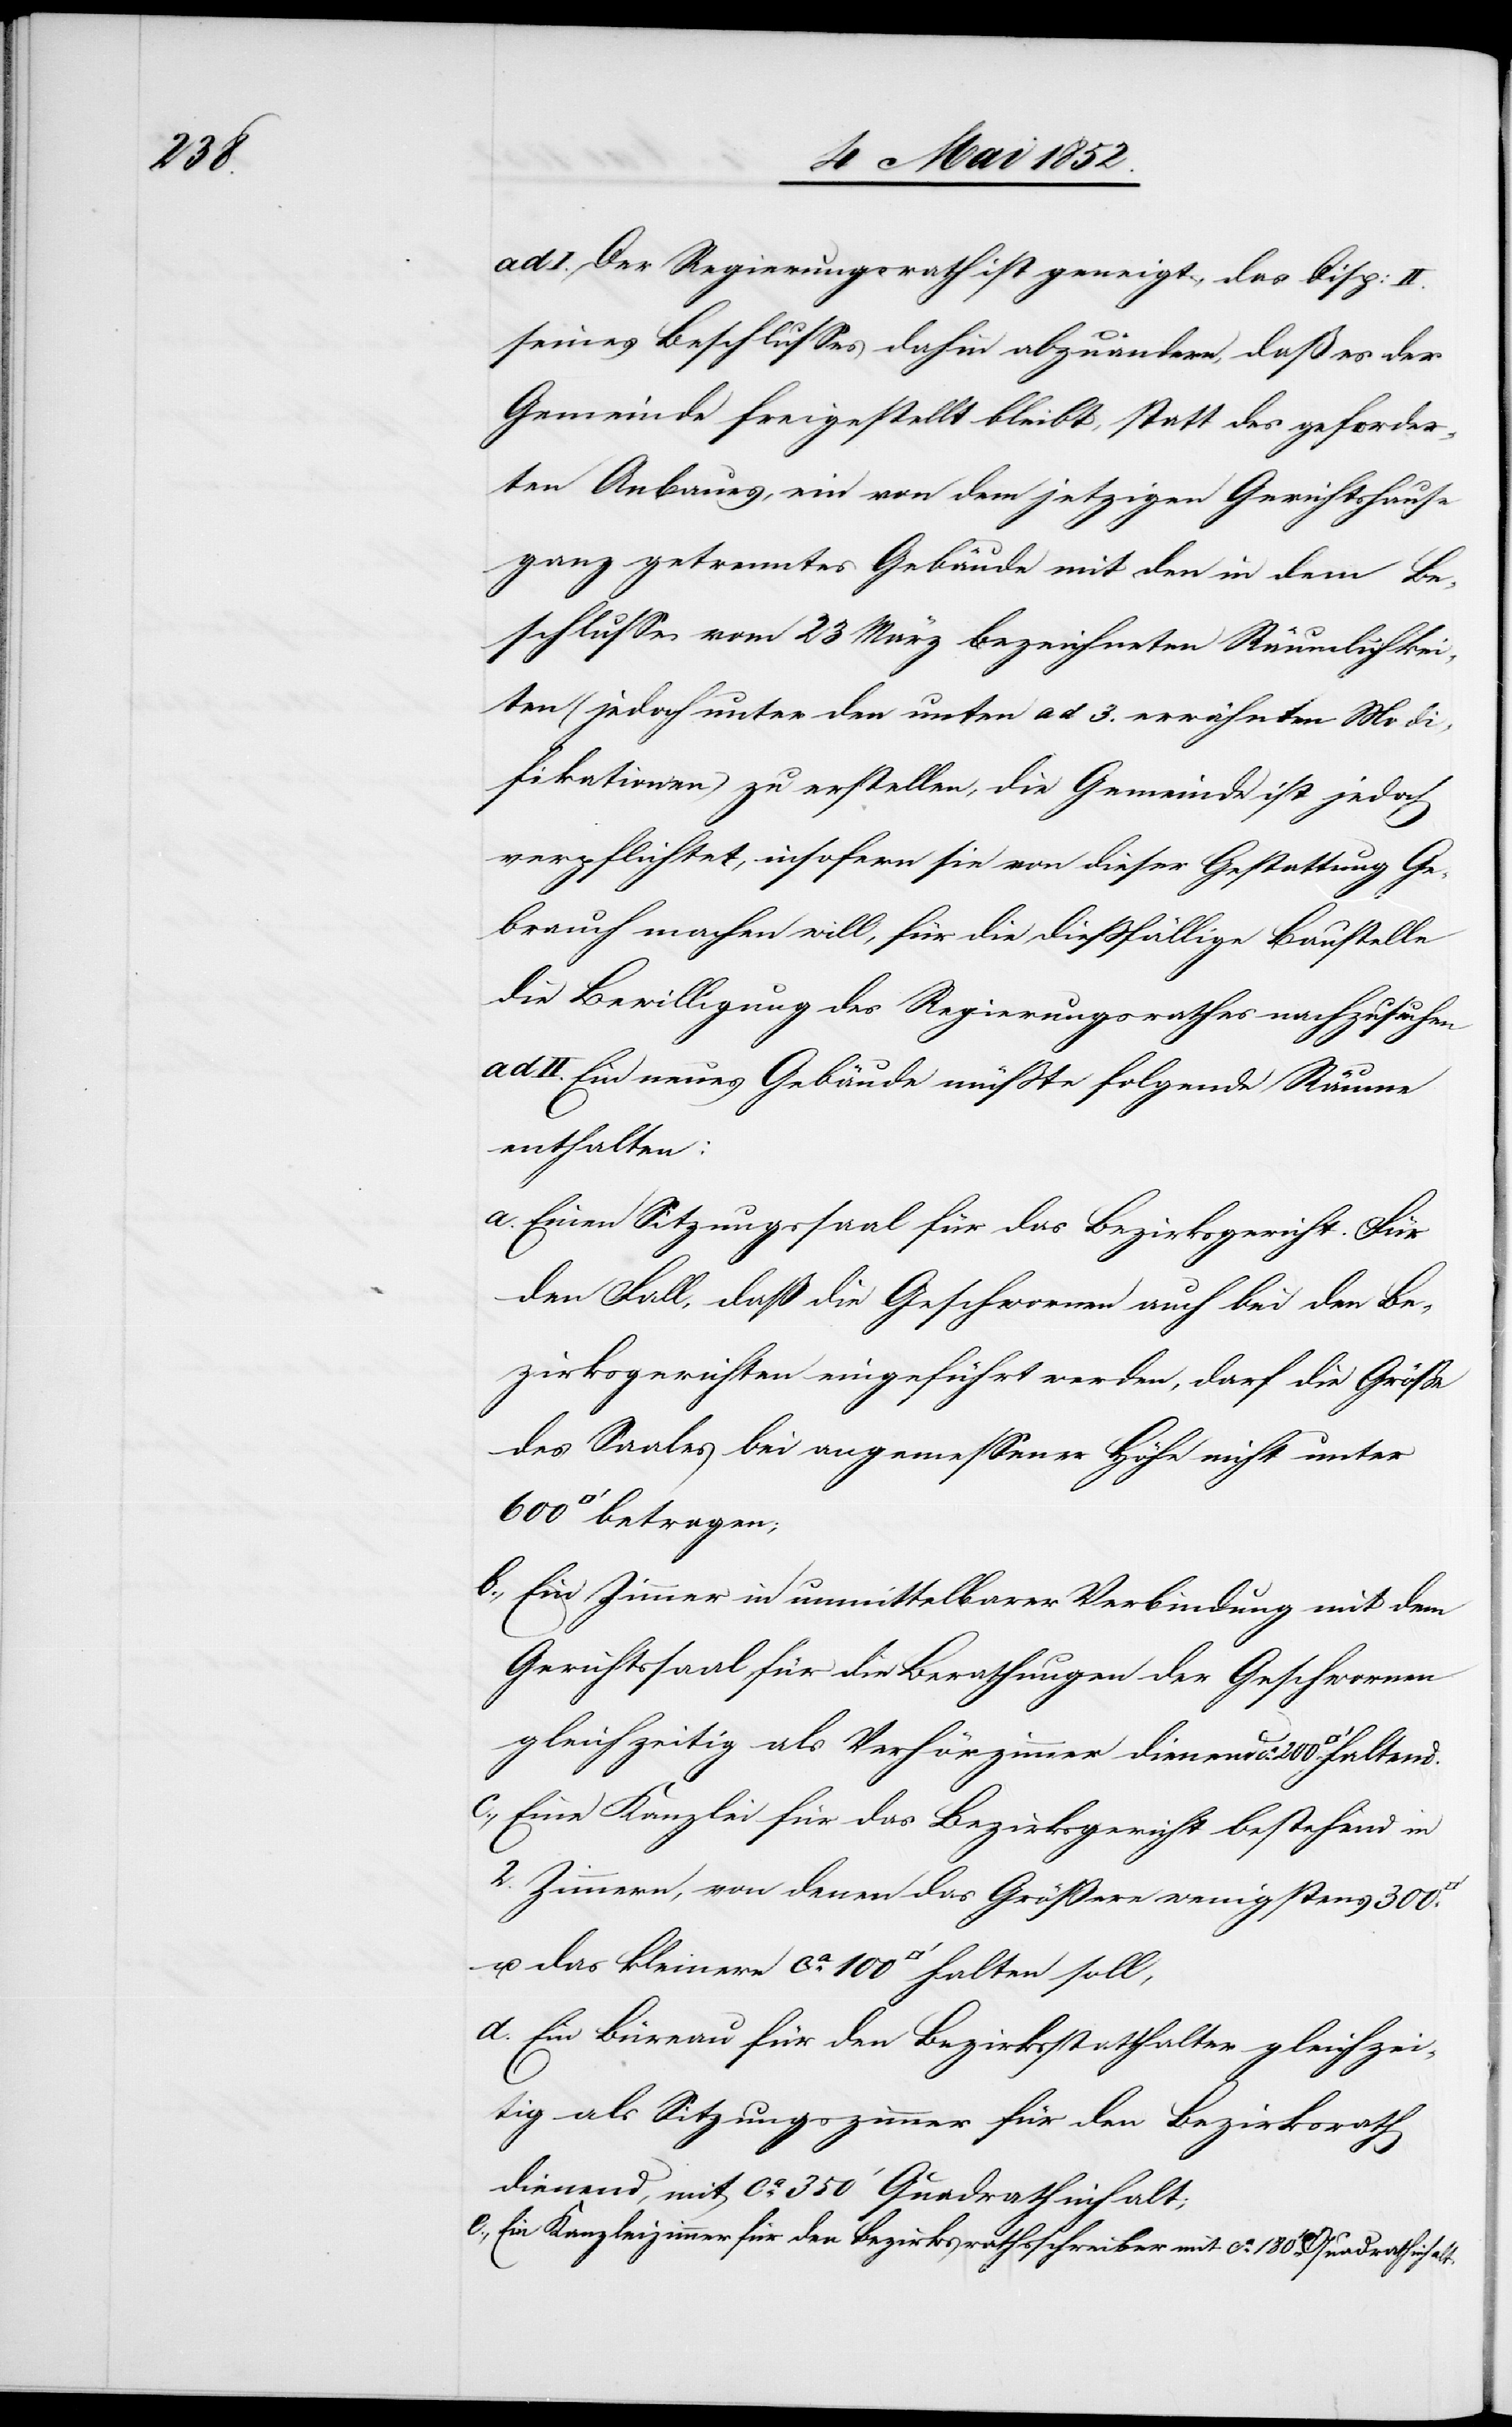
200.

ad I. Der Regierungsrath ist geneigt, das Disp: II.
seines Beschlusses dahin abzuändern, daß es der
Gemeinde freigestellt bleibt, statt des geforder¬
ten Anbaues, ein von dem jetzigen Gerichtshause
ganz getrenntes Gebäude mit den in dem Be¬
schlusse vom 23 März bezeichneten Räumlichkei¬
ten (jedoch unter den unten ad 3. erwähnten Modi¬
fikationen) zu erstellen, die Gemeinde ist jedoch
verpflichtet, insofern sie von dieser Gestattung Ge¬
brauch machen will, für die diessfällige Baustelle
die Bewilligung des Regierungsrathes nachzusuchen
ad II. Ein neues Gebäude müsste folgende Räume
enthalten:
Einen Sitzungssaal für das Bezirksgericht. Für
den Fall, daß die Geschwornen auch bei den Be¬
zirksgerichten eingeführt werden, darf die Größe
des Saales bei angemessener Höhe nicht unter
Ein Zimmer in unmittelbarer Verbindung mit dem
Gerichtssaal für die Berathungen der Geschwornen
gleichzeitig als Verhörzimmer dienend ca.
Eine Kanzlei für das Bezirksgericht bestehend in
2. Zimmern, von denen das Größere wenigstens 300.
u. das kleinere ca. 100 [Quadratfuß] halten
Ein Büreau für den Bezirksstatthalter gleichzei¬
tig als Sitzungszimmer für den Bezirksrath
dienend, mit ca. 350‘ Quadrathinhalt;
Ein Kanzleizimmer für den Bezirksrathsschreiber mit ca. 180.‘ Quadrathinhalt.